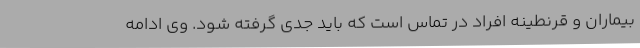
بیماران و قرنطینه افراد در تماس است که باید جدی گرفته شود. وی ادامه